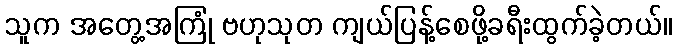
သူက အတွေ့အကြုံ ဗဟုသုတ ကျယ်ပြန့်စေဖို့ခရီးထွက်ခဲ့တယ်။